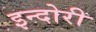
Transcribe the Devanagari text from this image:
इन्दोरी